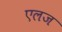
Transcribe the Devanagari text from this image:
एलज